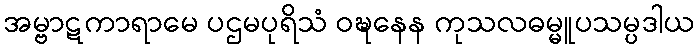
အမ္ဗာဋကာရာမေ ပဌမပုရိသံ ဝဍ္ဎနေန ကုသလဓမ္မူပသမ္ပဒါယ